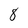
Character: 1